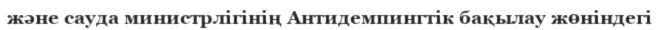
және сауда министрлігінің Антидемпингтік бақылау жөніндегі